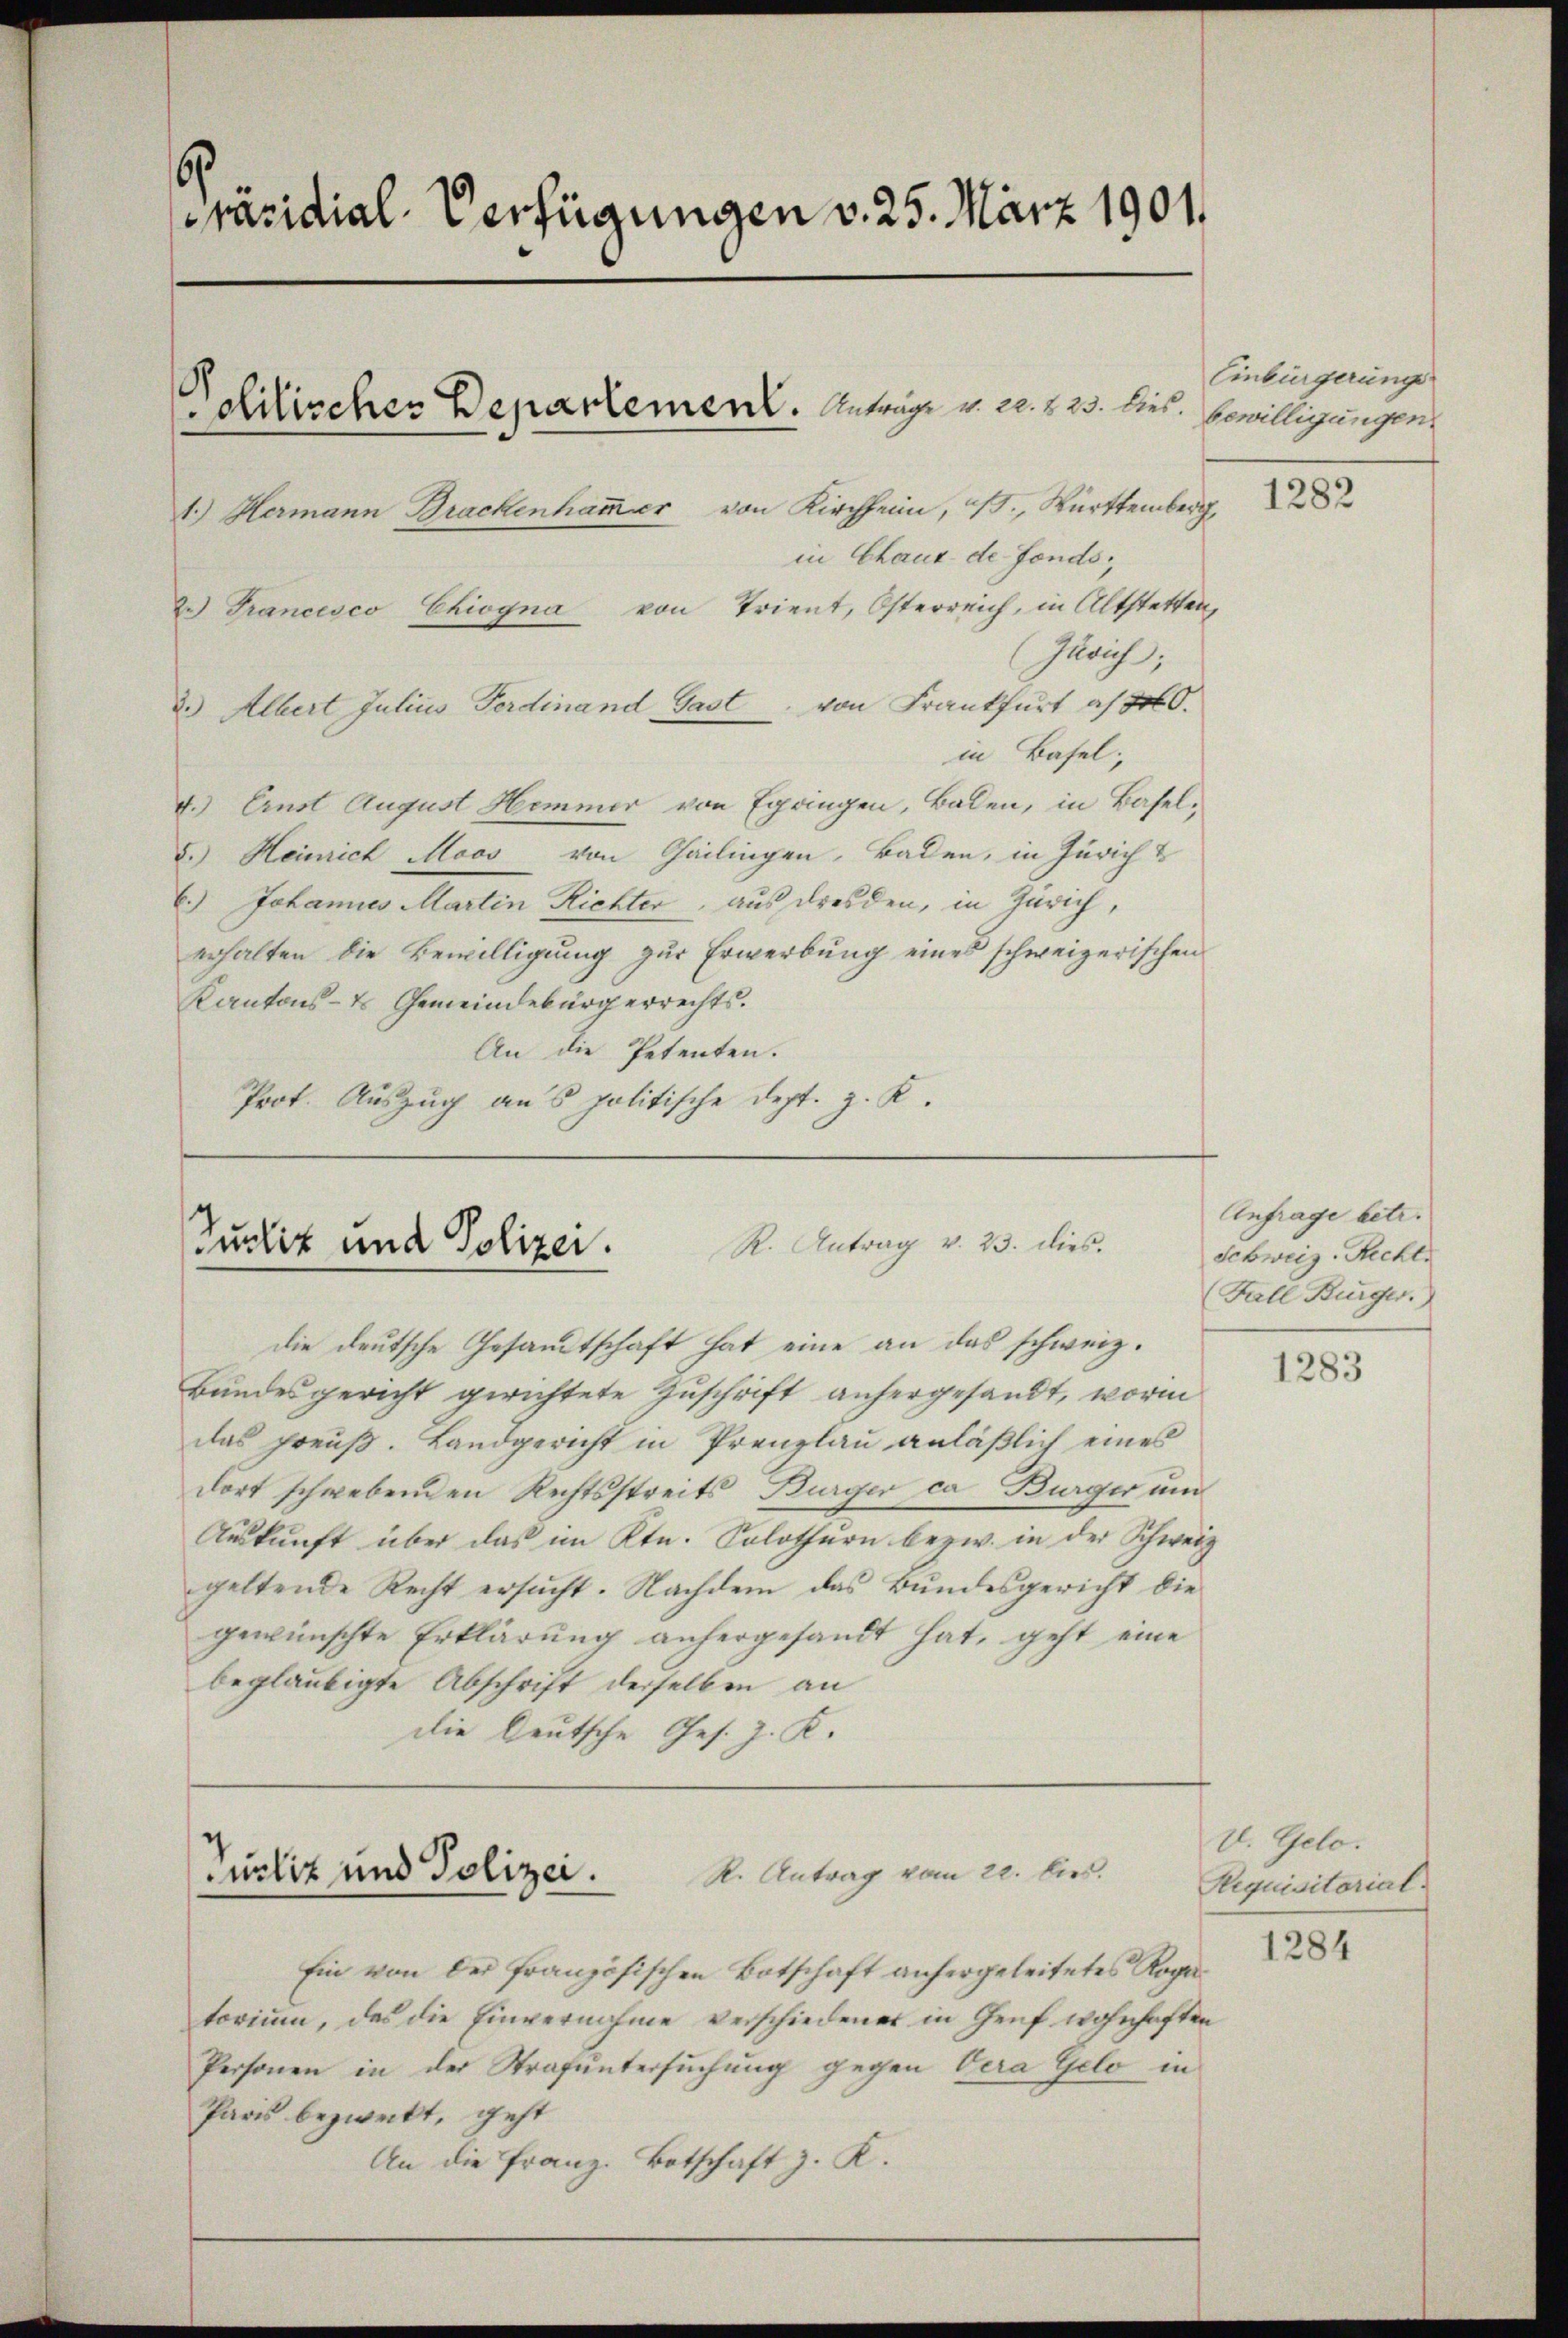
6
Präsidial-Verfügungen v. 25. März 1901.

1.) Hermann Brackenhammer von Kirchheim, 3., Württemberg,
2.) Francisco Chiogna von Trient, Osterreich, in Altstetten,

in Chaus de Fonds,
(Zürich;
2.) Albert Julius Ferdinand Gast von Frankfurt a/30.
in Basel;
4.) Ernst August Hemmer von Egringen, Baden, in Basel¬
5.) Heinrich Moos von Gailingen, Baden, in Züricht
6.) Johannes Martin Richter, aus Dresden, in Zürich,
erhalten die Bewilligung zur Erwerbung eines schweizerischen
Kantons- & Gemeindebürgerrechts.
An die Petenten.
Prot. Auszug aus politische Dept. z. K.

Chilischer Departement. Anträge v. 22. 223. dies. bewilligungen

R. Antrag v. 23. dies.
Justiz und Polizei.

die deutsche Gesandtschaft hat eine an das schweiz.
Bundesgericht gerichtete Zuschrift anhergesandt, worin
das preuß. Landgericht in Prenzlau anläßlich eines
dort schwebenden Rechtsstreits Bürger ca Burger um
Auskunft über das im Ktn. Solothurn bezw. in der Schweiz
geltende Recht ersucht. Nachdem das Bundesgericht die
gewünschte Erklärung anhergesandt hat, geht eine
beglaubigte Abschrift derselben an
Die Deutsche Ges. z. K.

nliz und Polizei.

R. Antrag vom 20. bis.
Ein von der französischen Botschaft anhergeleitetes Rogatorium, das die Einvernahme verschiedener in Genf wohnhaften
Personen in der Strafuntersuchung gegen Vera Gelo in
Paris bezweckt, geht
An die Franz. Botschaft z. R.

Einbürgerung

1282

Anfrage betr.
Schweiz. Recht
(Fall Bürger.)

1283

V. Gelo.
Requisitarial.

1284